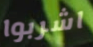
اشربوا